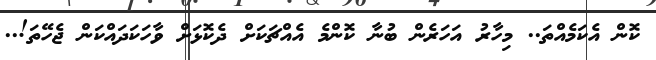
ކޮން އެކަމެއްތަ.. މިހާރު އަހަރެން ބުނާ ކޮންމެ އެއްޗަކަށް ދެކޮޅަށް ވާހަކަދައްކަން ޖެހޭތަ!..